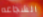
الشجاعه